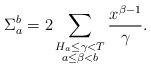
LaTeX: \begin{align*}\Sigma_{a}^{b}= 2\sum_{\substack{H_a \le \gamma<T \\ a \le \beta < b}} \frac{x^{\beta-1}}{\gamma}.\end{align*}